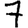
Digit: 7